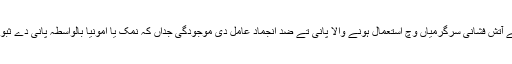
بہندے ہوئے پانی دی صورت دی بجائے آتش فشانی سرگرمیاں وچ استعمال ہونے والا پانی تے ضد انجماد عامل دی موجودگی جداں کہ نمک یا امونیا بالواسطہ پانی دے ثبوت دے بارے وچ زیادہ بہتر بتاندے نيں۔